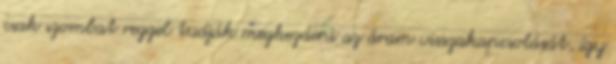
csak szombat reggel tudják megkezdeni az áram visszakapcsolását, így